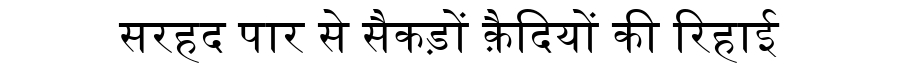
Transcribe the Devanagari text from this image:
सरहद पार से सैकड़ों क़ैदियों की रिहाई